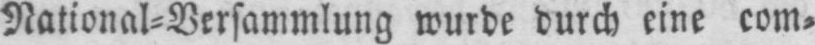
National⸗Versammlung wurde durch eine com⸗